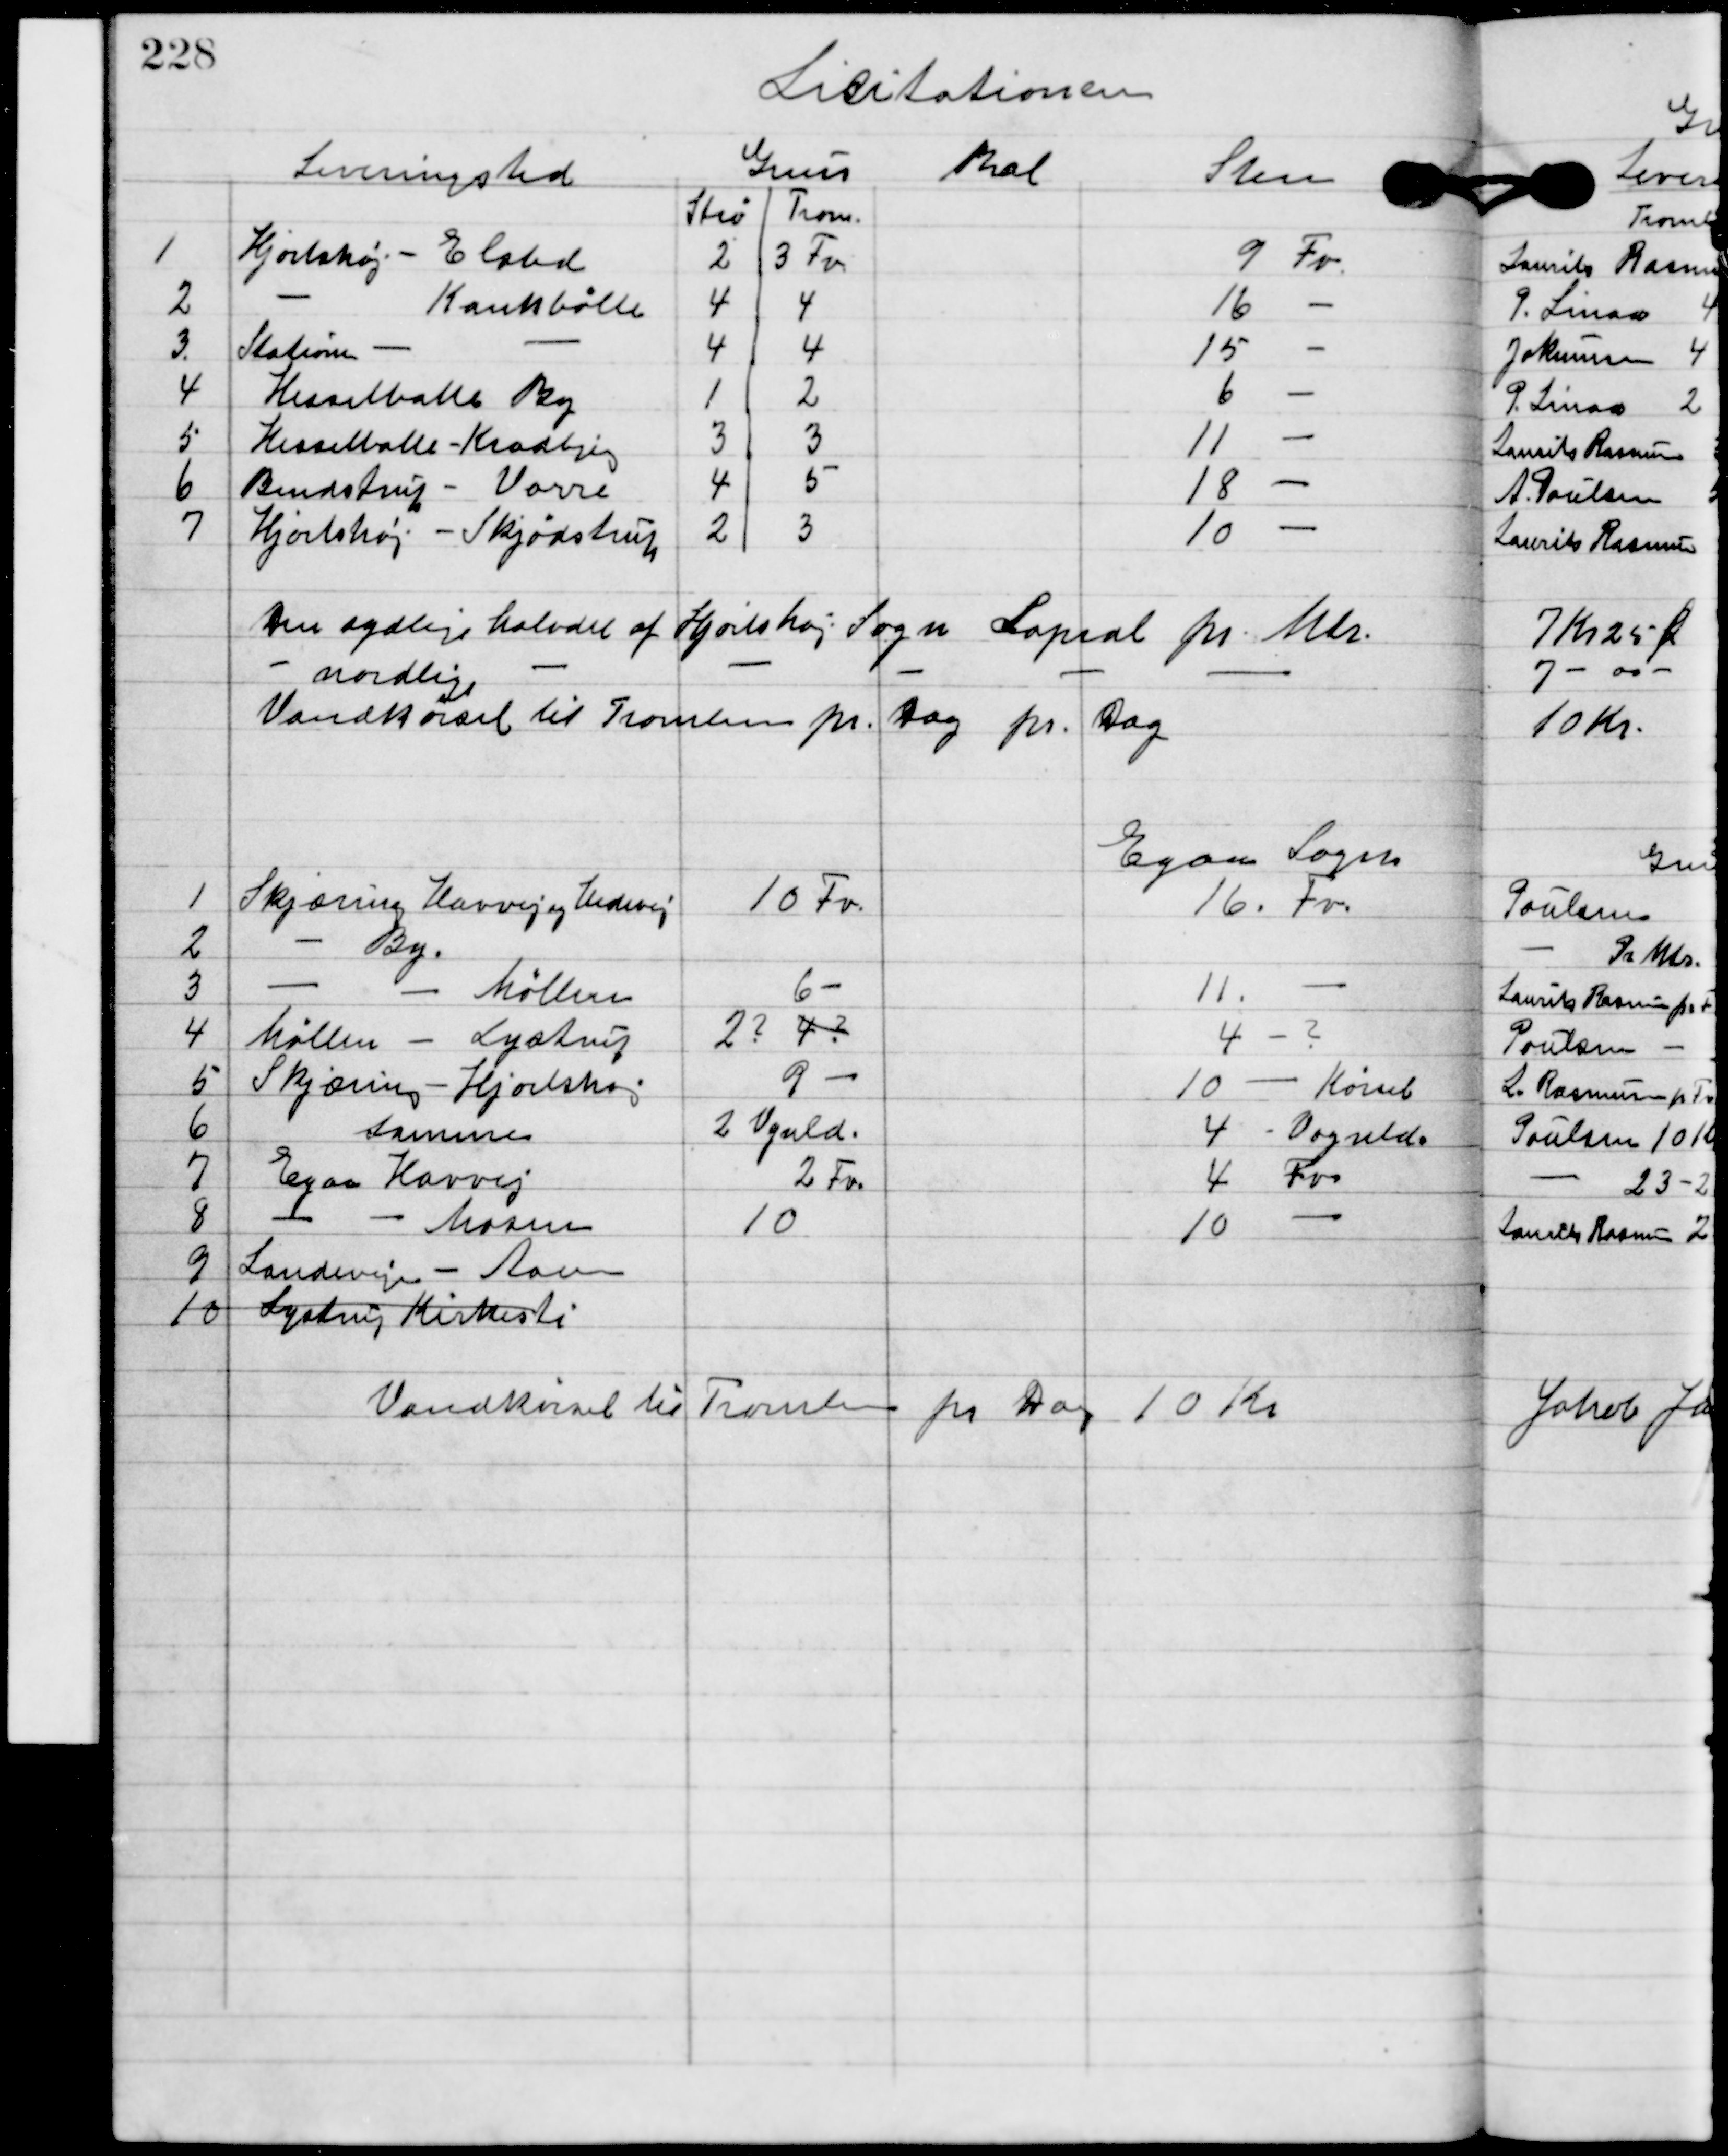
Transskription:
Licitationen.

Den sydlige halvdel af Hjortshøj Sogn Lapral pr. Mts. 
	-		nordlige	-				-						-	
Vandkørsel til Tromlen pr. Dag pr. Dag

Vandkørsel til Tromling pr. Dag 10 Kr.